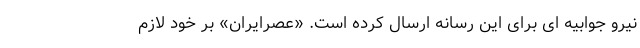
نیرو جوابیه ای برای این رسانه ارسال کرده است. «عصرایران» بر خود لازم